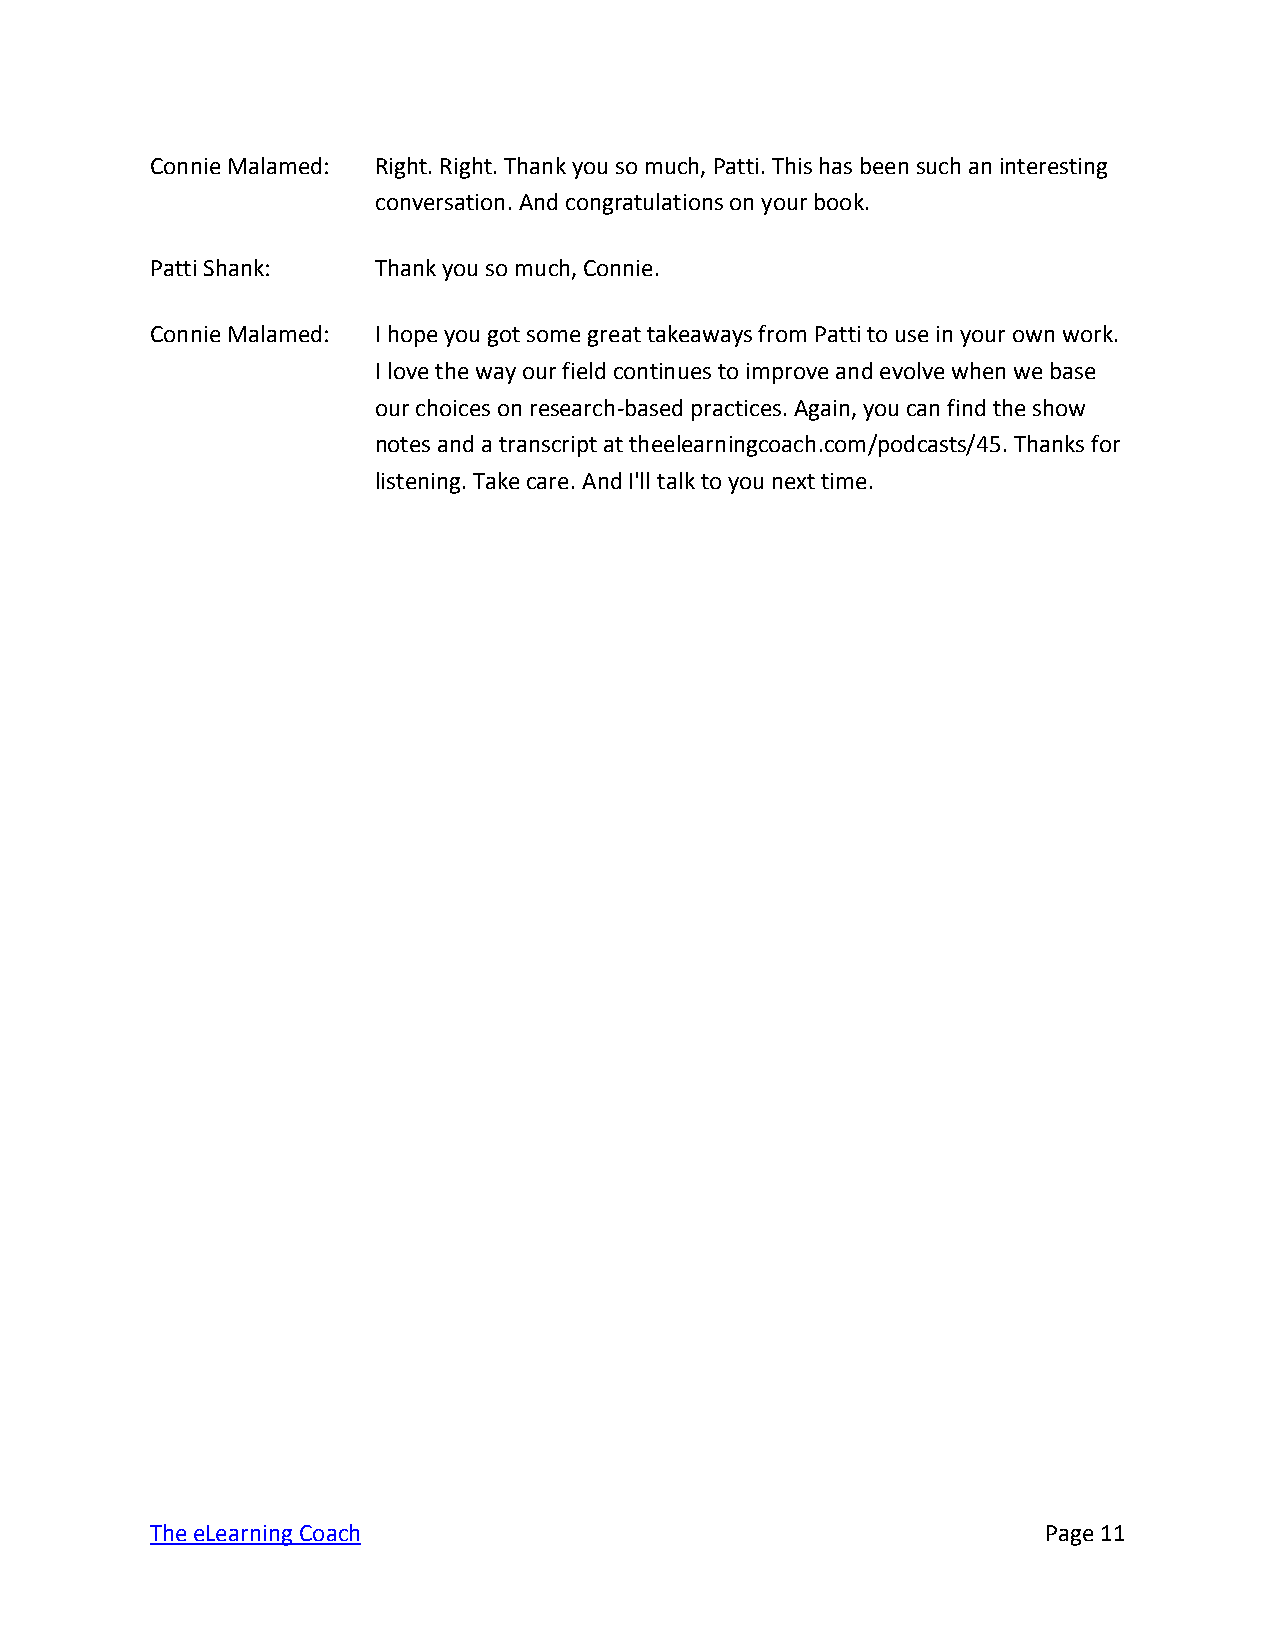
Connie Malamed: Right. Right. Thank you so much, Patti. This has been such an interesting
 conversation. And congratulations on your book.
 Patti Shank:   Thank you so much, Connie.
 Connie Malamed: I hope you got some great takeaways from Patti to use in your own work.
 I love the way our field continues to improve and evolve when we base
 our choices on research-based practices. Again, you can find the show
 notes and a transcript at theelearningcoach.com/podcasts/45. Thanks for
 listening. Take care. And I'll talk to you next time.
 The eLearning Coach                                        Page 11